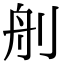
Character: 𦨉